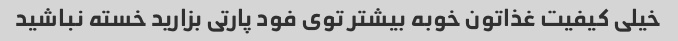
خیلی کیفیت غذاتون خوبه بیشتر توی فود پارتی بزارید خسته نباشید